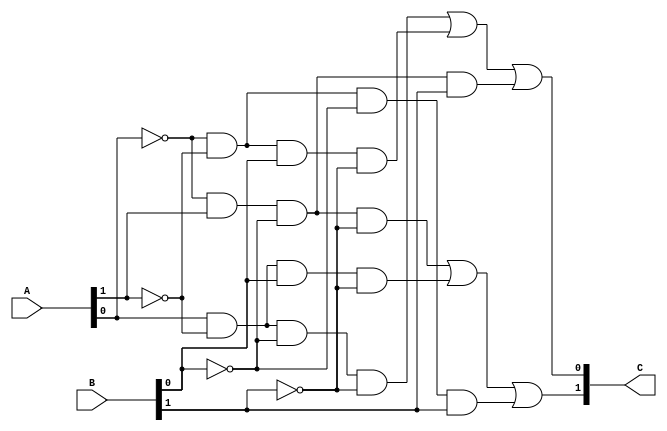
/*
    Copyright 2011, City University of Hong Kong
    Author is Homer (Dongsheng) Hsing.
 
    This file is part of Tate Bilinear Pairing Core.
 
    Tate Bilinear Pairing Core is free software: you can redistribute it and/or modify
    it under the terms of the GNU Lesser General Public License as published by
    the Free Software Foundation, either version 3 of the License, or
    (at your option) any later version.
 
    Tate Bilinear Pairing Core is distributed in the hope that it will be useful,
    but WITHOUT ANY WARRANTY; without even the implied warranty of
    MERCHANTABILITY or FITNESS FOR A PARTICULAR PURPOSE.  See the
    GNU Lesser General Public License for more details.
 
    You should have received a copy of the GNU Lesser General Public License
    along with Tate Bilinear Pairing Core.  If not, see http://www.gnu.org/licenses/lgpl.txt
*/
`define M     97          // M is the degree of the irreducible polynomial
`define WIDTH (2*`M-1)    // width for a GF(3^M) element
`define W2    (4*`M-1)    // width for a GF(3^{2*M}) element
`define W3    (6*`M-1)    // width for a GF(3^{3*M}) element
`define W6    (12*`M-1)   // width for a GF(3^{6*M}) element
`define PX    196'h4000000000000000000000000000000000000000001000002 // PX is the irreducible polynomial
// f3_add: C == A+B (mod 3)
module f3_add(A, B, C);
    input [1:0] A, B;
    output [1:0] C;
    wire a0, a1, b0, b1, c0, c1;
    assign {a1, a0} = A;
    assign {b1, b0} = B;
    assign C = {c1, c0};
    assign c0 = ( a0 & ~a1 & ~b0 & ~b1) |
                (~a0 & ~a1 &  b0 & ~b1) |
                (~a0 &  a1 & ~b0 &  b1) ;
    assign c1 = (~a0 &  a1 & ~b0 & ~b1) |
                ( a0 & ~a1 &  b0 & ~b1) |
                (~a0 & ~a1 & ~b0 &  b1) ;
endmodule
 
// f3_sub: C == A-B (mod 3)
module f3_sub(A, B, C);
    input [1:0] A, B;
    output [1:0] C;
    f3_add m1(A, {B[0], B[1]}, C);
endmodule
 
// f3_mult: C = A*B (mod 3)
module f3_mult(A, B, C); 
    input [1:0] A;
    input [1:0] B; 
    output [1:0] C;
    wire a0, a1, b0, b1;
    assign {a1, a0} = A;
    assign {b1, b0} = B;
    assign C[0] = (~a1 & a0 & ~b1 & b0) | (a1 & ~a0 & b1 & ~b0);
    assign C[1] = (~a1 & a0 & b1 & ~b0) | (a1 & ~a0 & ~b1 & b0);
endmodule
 
// c == a+1 (mod 3)
module f3_add1(a, c);
    input [1:0] a;
    output [1:0] c;
    assign c[0] = (~a[0]) & (~a[1]);
    assign c[1] = a[0] & (~a[1]);
endmodule
 
// c == a-1 (mod 3)
module f3_sub1(a, c);
    input [1:0] a;
    output [1:0] c;
    assign c[0] = (~a[0]) & a[1];
    assign c[1] = (~a[0]) & (~a[1]);
endmodule